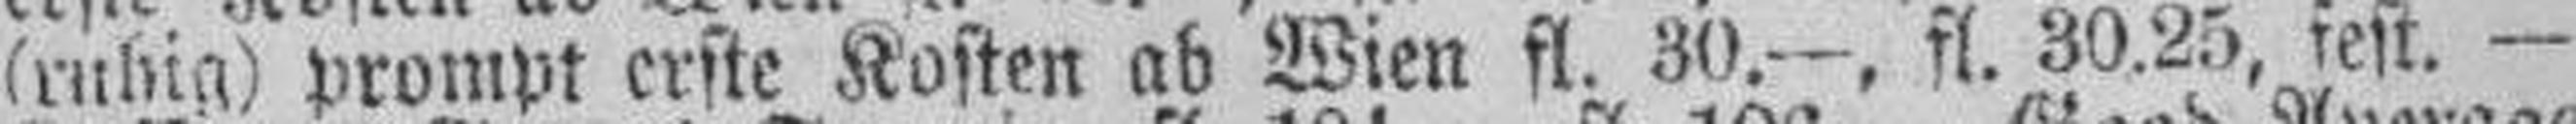
(ruhig) prompt erste Kosten ab Wien fl. 30.—, fl. 30.25, fest. —